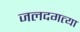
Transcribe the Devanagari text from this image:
जलदगत्या